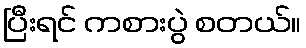
ပြီးရင် ကစားပွဲ စတယ်။